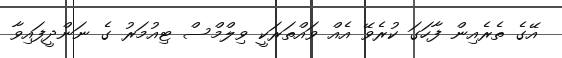
އޭގެ ތެރެއިން ފާހަގަ ކުރެވޭ އެއް ވައްތަރަކީ ވިލްމްސް ޓިއުމަރު ގެ ނަންދީފައިވާ